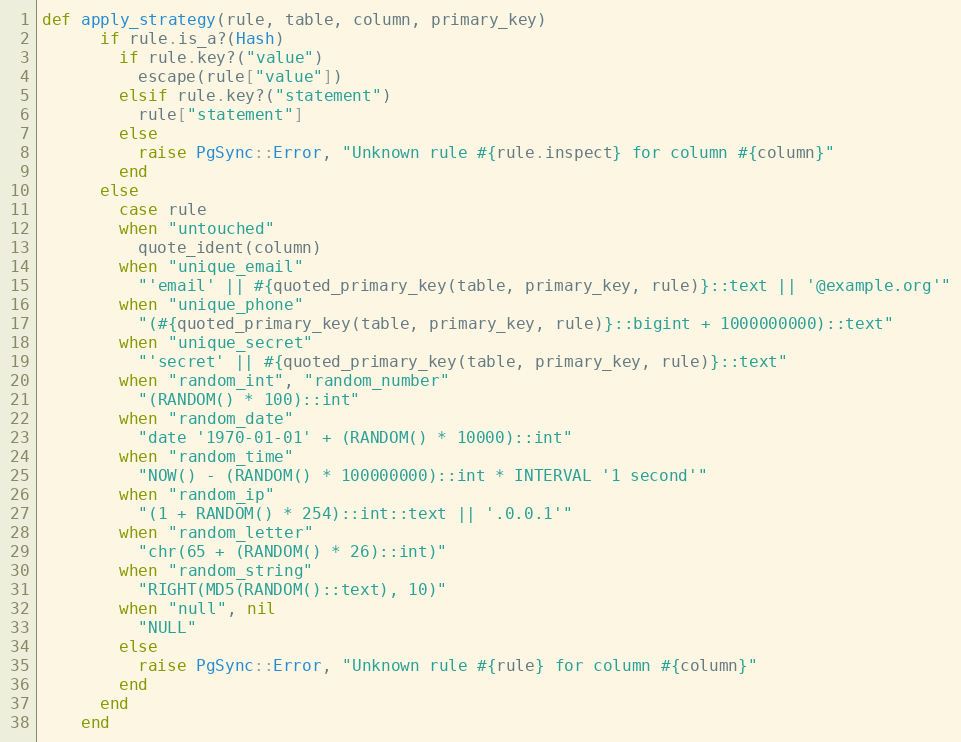
Language: Ruby
def apply_strategy(rule, table, column, primary_key)
      if rule.is_a?(Hash)
        if rule.key?("value")
          escape(rule["value"])
        elsif rule.key?("statement")
          rule["statement"]
        else
          raise PgSync::Error, "Unknown rule #{rule.inspect} for column #{column}"
        end
      else
        case rule
        when "untouched"
          quote_ident(column)
        when "unique_email"
          "'email' || #{quoted_primary_key(table, primary_key, rule)}::text || '@example.org'"
        when "unique_phone"
          "(#{quoted_primary_key(table, primary_key, rule)}::bigint + 1000000000)::text"
        when "unique_secret"
          "'secret' || #{quoted_primary_key(table, primary_key, rule)}::text"
        when "random_int", "random_number"
          "(RANDOM() * 100)::int"
        when "random_date"
          "date '1970-01-01' + (RANDOM() * 10000)::int"
        when "random_time"
          "NOW() - (RANDOM() * 100000000)::int * INTERVAL '1 second'"
        when "random_ip"
          "(1 + RANDOM() * 254)::int::text || '.0.0.1'"
        when "random_letter"
          "chr(65 + (RANDOM() * 26)::int)"
        when "random_string"
          "RIGHT(MD5(RANDOM()::text), 10)"
        when "null", nil
          "NULL"
        else
          raise PgSync::Error, "Unknown rule #{rule} for column #{column}"
        end
      end
    end